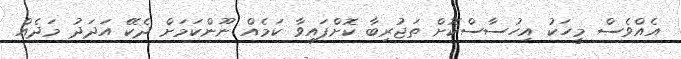
އެއްވެސް މީހަކު އިހުސާސްކޮށް ތަޖުރިބާ ކޮށްފައިވާ ކަމެއް ނޫންކަމަށް ދެކޭ އަދަދު މަދެއް